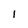
Character: 1